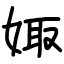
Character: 娵